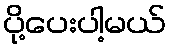
ပို့ပေးပါ့မယ်